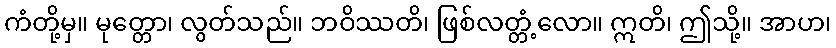
ကံတို့မှ။ မုတ္တော၊ လွတ်သည်။ ဘဝိဿတိ၊ ဖြစ်လတ္တံ့လော။ ဣတိ၊ ဤသို့။ အာဟ၊